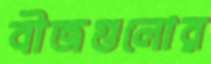
বীজগুলোর